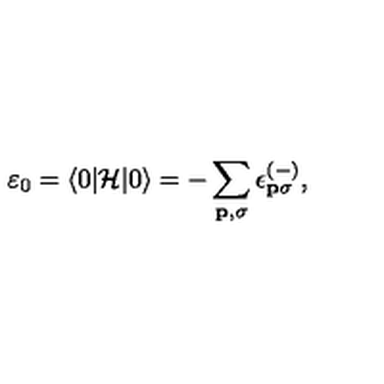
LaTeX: \varepsilon _ { 0 } = \langle 0 | { \cal H } | 0 \rangle = - \sum _ { { \bf { p } } , \sigma } \epsilon _ { { \bf { p } } \sigma } ^ { ( - ) } ,